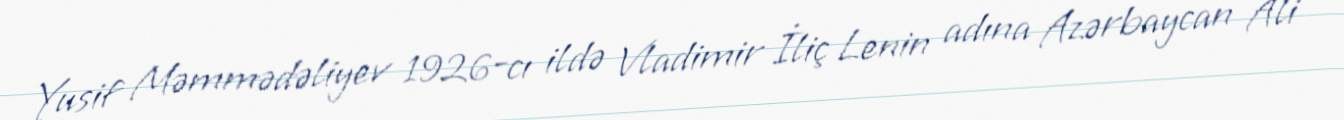
Yusif Məmmədəliyev 1926-cı ildə Vladimir İliç Lenin adına Azərbaycan Ali